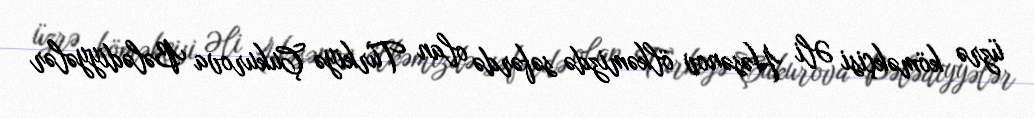
üzrə köməkçisi Əli Həsənov ölkəmizdə səfərdə olan Türkiyə Çukurova Bələdiyyələr